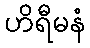
ဟိရီမနံ